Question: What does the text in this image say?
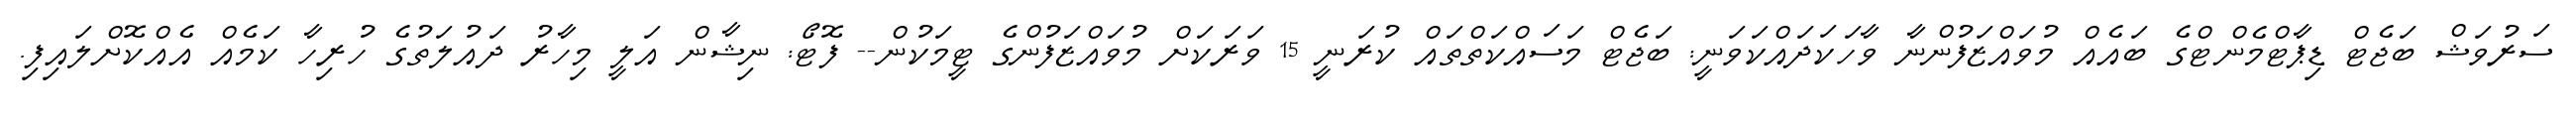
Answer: ސަރުވަޝް ބަޖެޓް ޑިޕާޓްމެންޓްގެ ބައެއް މުވައްޒަފުންނާ ވާހަކަދައްކަވަނީ: ބަޖެޓް މަސައްކަތްތައް ކުރަނީ 15 ވަރަކަށް މުވައްޒަފުންގެ ޓީމަކުން-- ފޮޓޯ: ނިޝާން އަލީ މިހާރު ދައުލަތުގެ ހުރިހާ ކަމެއް އެއްކޮށްލައިފި.